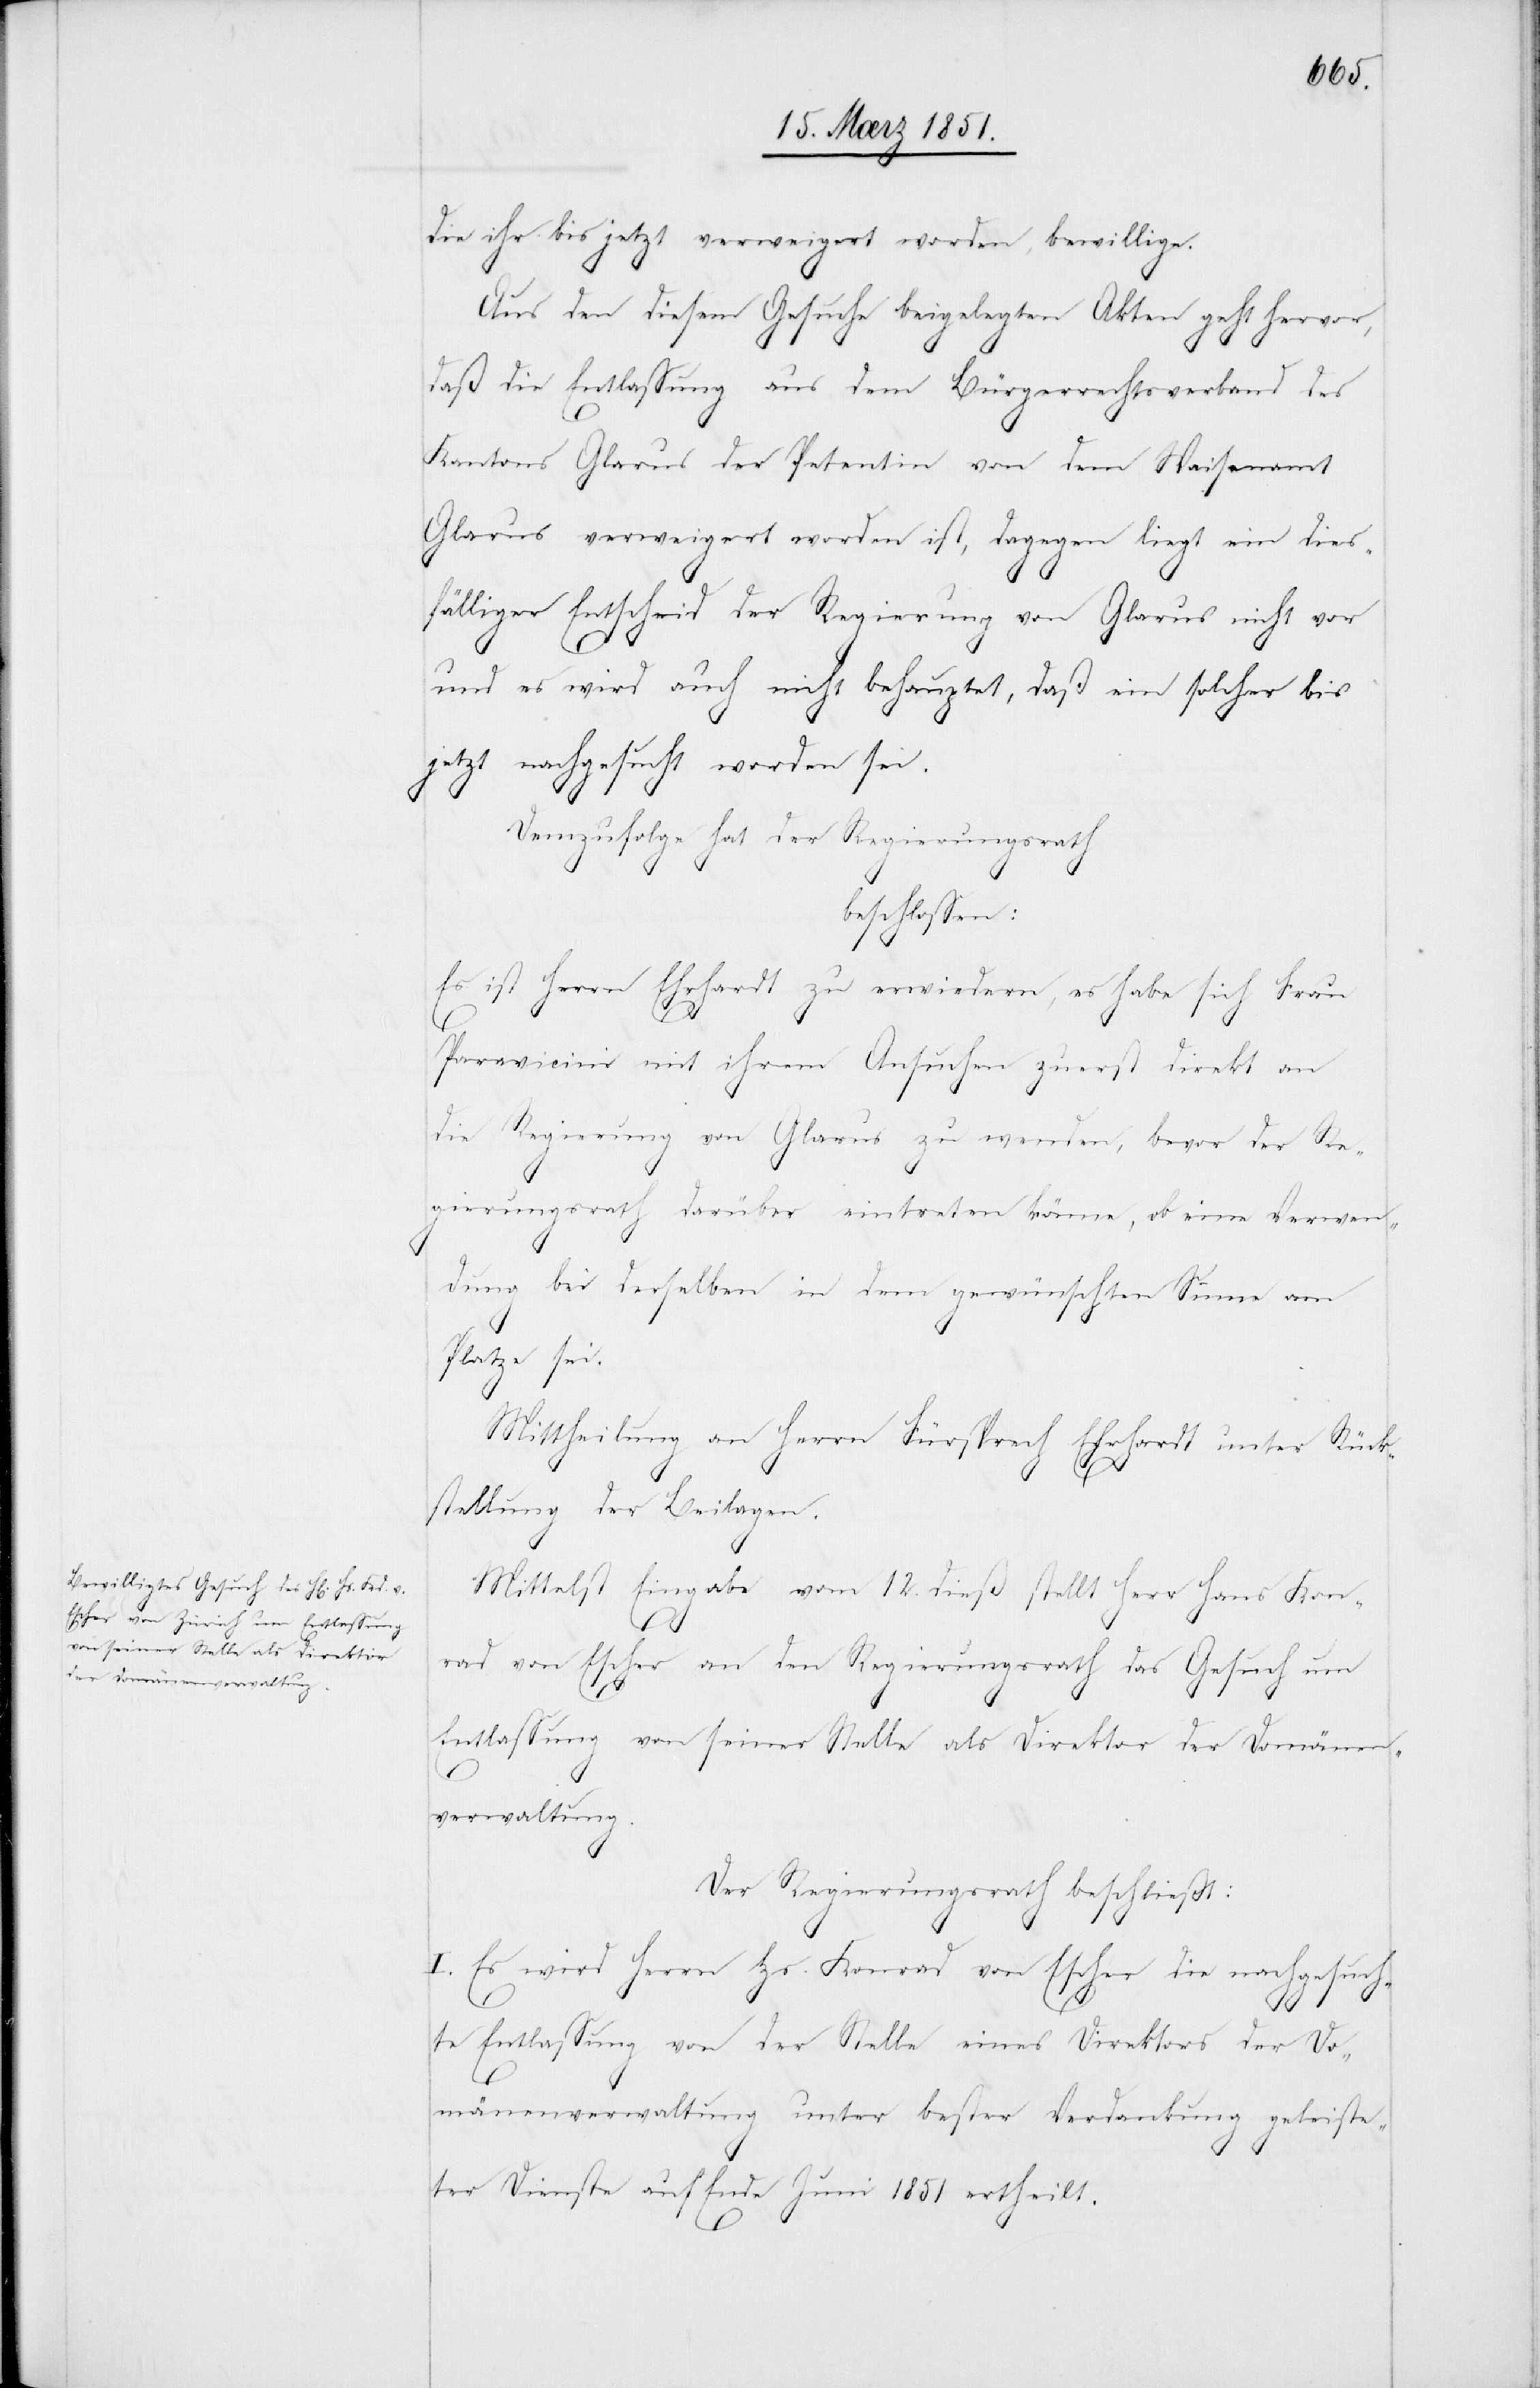
die ihr bis jetzt verweigert worden, bewillige.
Aus den diesem Gesuche beigelegten Akten geht hervor,
daß die Entlassung aus dem Bürgerrechtsverband des
Kantons Glarus der Petentin von dem Waisenamt
Glarus verweigert worden ist, dagegen liegt ein dies¬
fälliger Entscheid der Regierung von Glarus nicht vor
und es wird auch nicht behauptet, daß ein solcher bis
jetzt nachgesucht worden sei.
Demzufolge hat der Regierungsrath
beschlossen:
Es ist Herrn Ehrhardt zu erwiedern, es habe sich Frau
Paravicini mit ihrem Ansuchen zuerst direkt an
die Regierung von Glarus zu wenden, bevor der Re¬
gierungsrath darüber eintreten könne, ob eine Verwen¬
dung bei derselben in dem gewünschten Sinne am
Platze sei.
Mittheilung an Herrn Fürsprech Ehrhardt unter Rück¬
stellung der Beilagen.
Mittelst Eingabe vom 12. dieß stellt Herr Hans Kon¬
rad von Escher an den Regierungsrath das Gesuch um
Entlassung von seiner Stelle als Direktor der Domänen¬
verwaltung.
Der Regierungsrath beschließt:
I. Es wird Herrn Hs. Konrad von Escher die nachgesuch¬
te Entlassung von der Stelle eines Direktors der Do¬
mänenverwaltung unter bester Verdankung geleiste¬
ter Dienste auf Ende Juni 1851 ertheilt.